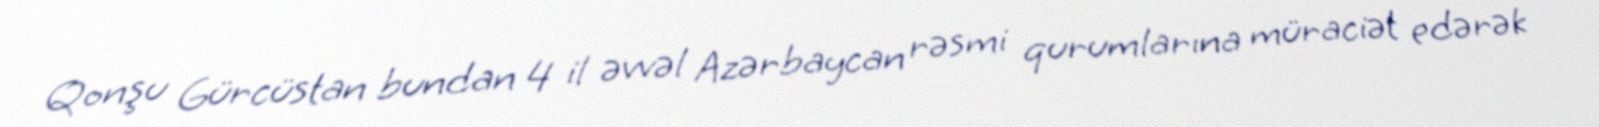
Qonşu Gürcüstan bundan 4 il əvvəl Azərbaycan rəsmi qurumlarına müraciət edərək